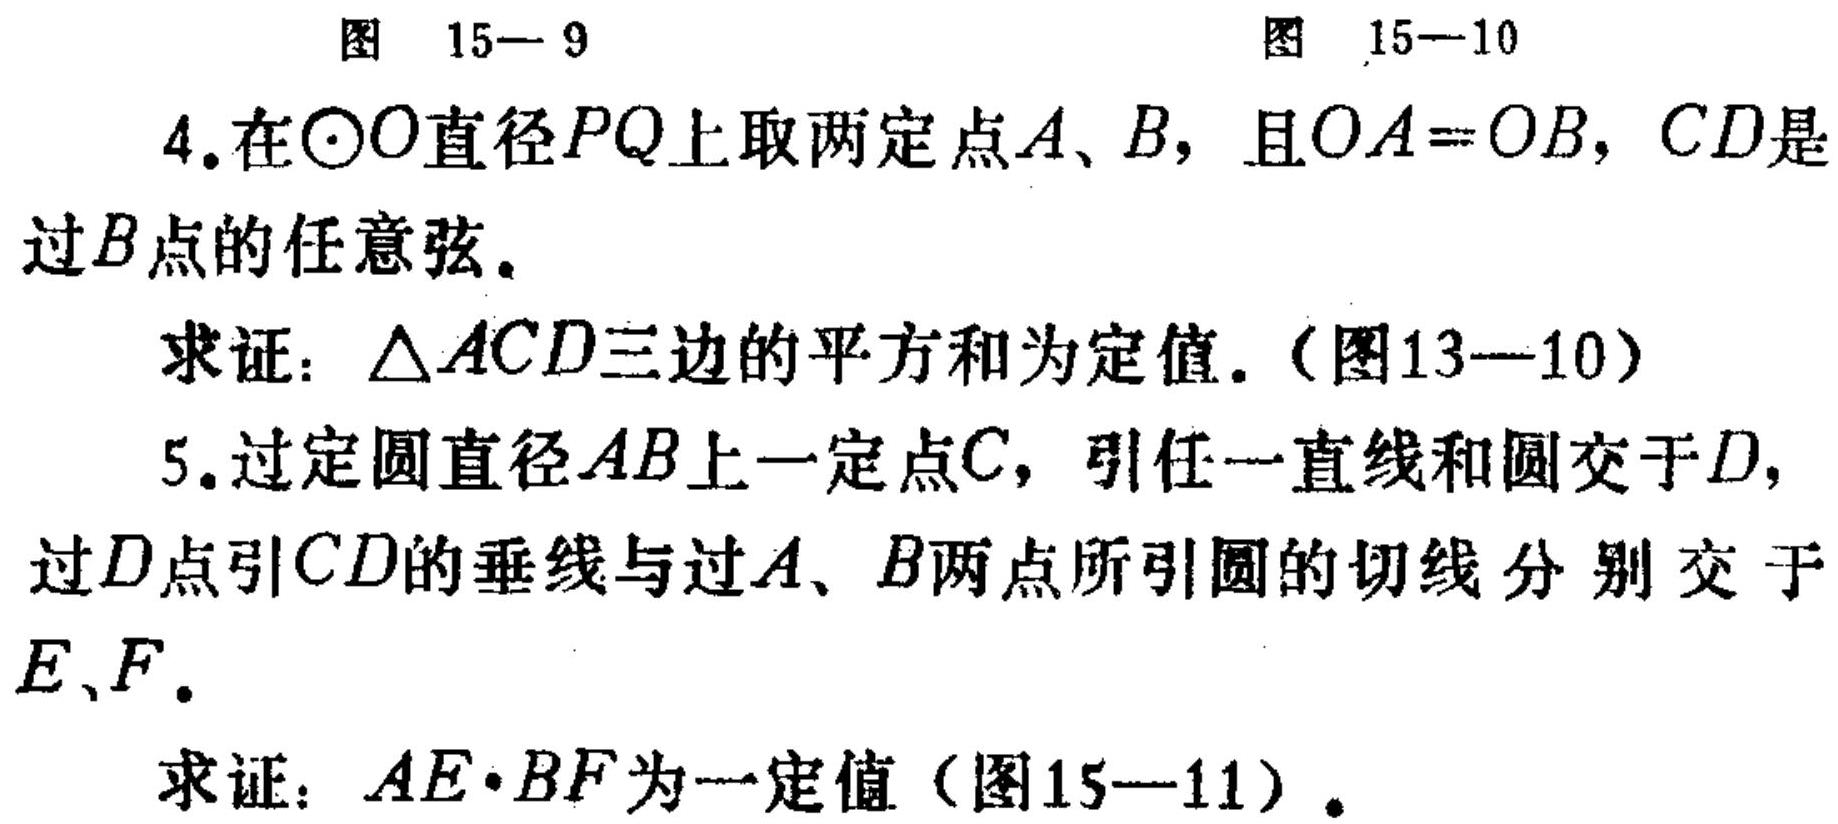
图 15—9  图 15—10
4. 在\(\odot O\)直径\(PQ\)上取两定点\(A\)、\(B\)，且\(OA = OB\)，\(CD\)是过\(B\)点的任意弦。
求证：\(\triangle ACD\)三边的平方和为定值.（图13—10）
5. 过定圆直径\(AB\)上一定点\(C\)，引任一直线和圆交于\(D\)，过\(D\)点引\(CD\)的垂线与过\(A\)、\(B\)两点所引圆的切线分别交于\(E\)、\(F\)。
求证：\(AE\cdot BF\)为一定值（图15—11）。